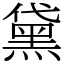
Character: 黛